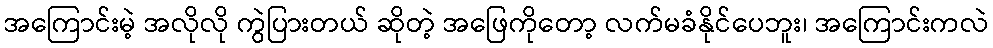
အကြောင်းမဲ့ အလိုလို ကွဲပြားတယ် ဆိုတဲ့ အဖြေကိုတော့ လက်မခံနိုင်ပေဘူး၊ အကြောင်းကလဲ